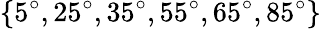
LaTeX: \{ 5^{\circ},25^{\circ},35^{\circ},55^{\circ},65^{\circ},85^{\circ}\}